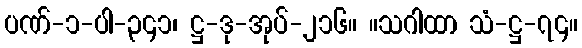
ပဏ်-၁-ပါ-၃၄၁၊ ဋ္ဌ-ဒု-အုပ်-၂၁၆။ ။သဂါထာ သံ-ဋ္ဌ-၇၄။